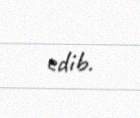
edib.